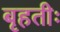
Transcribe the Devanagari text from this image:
बृहतीः